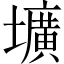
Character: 壙